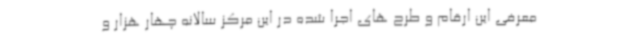
معرفی این ارقام و طرح های اجرا شده در این مرکز سالانه چهار هزار و